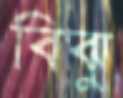
বিঝু